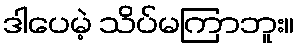
ဒါပေမဲ့ သိပ်မကြာဘူး။